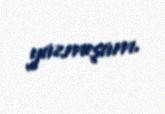
yazmışam.